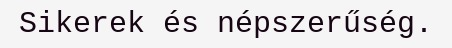
Sikerek és népszerűség.